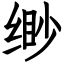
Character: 缈